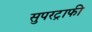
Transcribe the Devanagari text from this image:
सुपरट्राफी